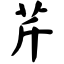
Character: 芹